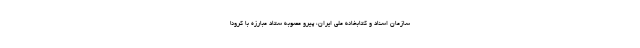
سازمان اسناد و کتابخانه ملی ایران، پیرو مصوبه ستاد مبارزه با کرونا